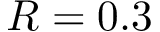
R = 0 . 3